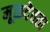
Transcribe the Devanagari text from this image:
मूळदेवता